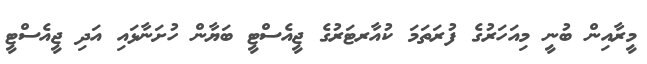
މީރާއިން ބުނީ މިއަހަރުގެ ފުރަތަމަ ކުއާރޓަރުގެ ޖީއެސްޓީ ބަޔާން ހުށަނާޅައި އަދި ޖީއެސްޓީ